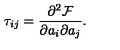
\tau _ { i j } = \frac { \partial ^ { 2 } \mathcal { F } } { \partial a _ { i } \partial a _ { j } } .